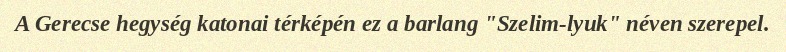
A Gerecse hegység katonai térképén ez a barlang "Szelim-lyuk" néven szerepel.